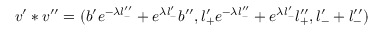
v ^ { \prime } * v ^ { \prime \prime } = ( b ^ { \prime } e ^ { - \lambda l _ { - } ^ { \prime \prime } } + e ^ { \lambda l _ { - } ^ { \prime } } b ^ { \prime \prime } , l _ { + } ^ { \prime } e ^ { - \lambda l _ { - } ^ { \prime \prime } } + e ^ { \lambda l _ { - } ^ { \prime } } l _ { + } ^ { \prime \prime } , l _ { - } ^ { \prime } + l _ { - } ^ { \prime \prime } )